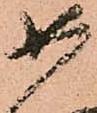
如